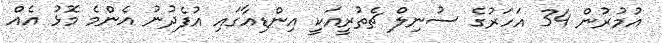
އުމުރުން 34 އަހަރުގެ ސުނިލް ޗެތުރީއަކީ އިންޑިއާގައި އުފެދުނު އެންމެ މޮޅު އެއް